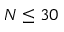
N \leq 3 0